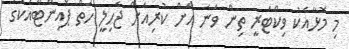
މި މޮޅާއެކު ވިކްޓަރީ ތިން ވަނަ އަށް ކުރިއަށް ޖެހިލީ ހަތް ޕޮއިންޓާއެކުގަ